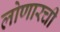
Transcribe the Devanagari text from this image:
लोणारची